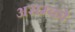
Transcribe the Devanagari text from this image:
अराम्को